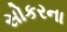
સોકરના